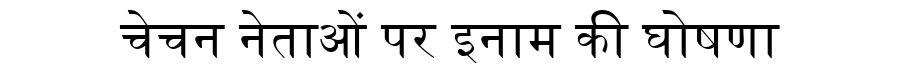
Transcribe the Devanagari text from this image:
चेचन नेताओं पर इनाम की घोषणा